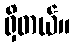
ရှိတယ်။